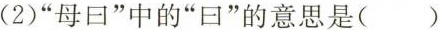
(2)”母口”中的”曰”的意思是（）